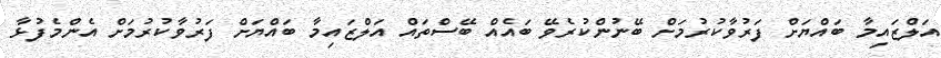
އަލްޒައިމާ ބައްޔަށް ފަރުވާކުރުމަށް ބޭނުންކުރެވޭ ބައެއް ބޭސްތައް އަލްޒައިމާ ބައްޔަށް ފަރުވާކުރުމަށް އެންމެފުޅާ